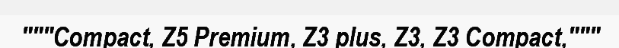
"""Compact, Z5 Premium, Z3 plus, Z3, Z3 Compact,"""